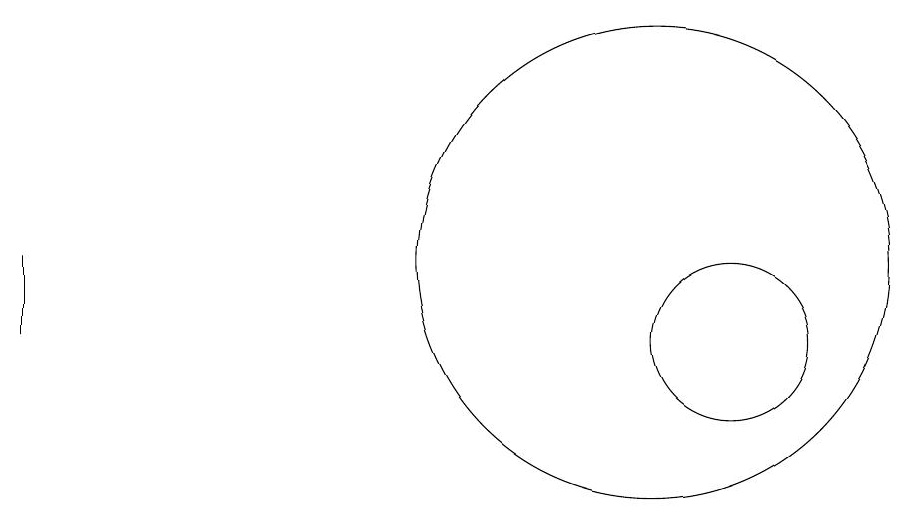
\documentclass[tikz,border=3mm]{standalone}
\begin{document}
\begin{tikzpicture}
\draw (2,11) rectangle (2,10);
\draw (10,11) circle (3);
\draw (11,10) circle (1);
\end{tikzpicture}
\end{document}